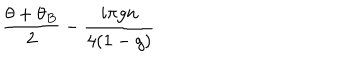
LaTeX: \frac { \theta + \theta _ { B } } { 2 } - \frac { i \pi g n } { 4 ( 1 - g ) }